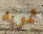
تمويه